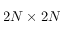
2 N \times 2 N